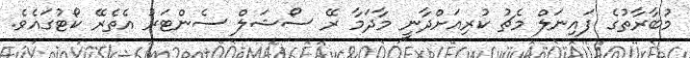
މުބާރާތުގެ ފައިނަލް މެޗު ކުރިއަށްދާނީ މާދަމާ ރޭ ސޯޝަލް ސެންޓަރު އެތެރޭ ކޯޓުގައެވެ.